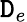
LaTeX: \mathtt{D}_{e}